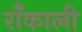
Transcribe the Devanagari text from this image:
रॉँकाली